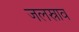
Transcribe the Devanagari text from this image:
जलस्राव